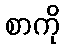
စာကို